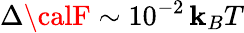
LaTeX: \Delta{\calF}\sim10^{-2}\, \mathbf{k}_{B}T